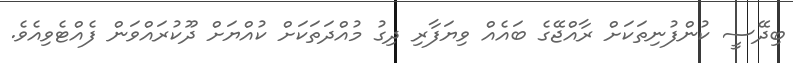
ބިދޭސީ ކުންފުނިތަކަށް ރާއްޖޭގެ ބައެއް ވިޔަފާރި ދިގު މުއްދަތަކަށް ކުއްޔަށް ދޫކުރައްވަން ފެއްޓެވިއެވެ.